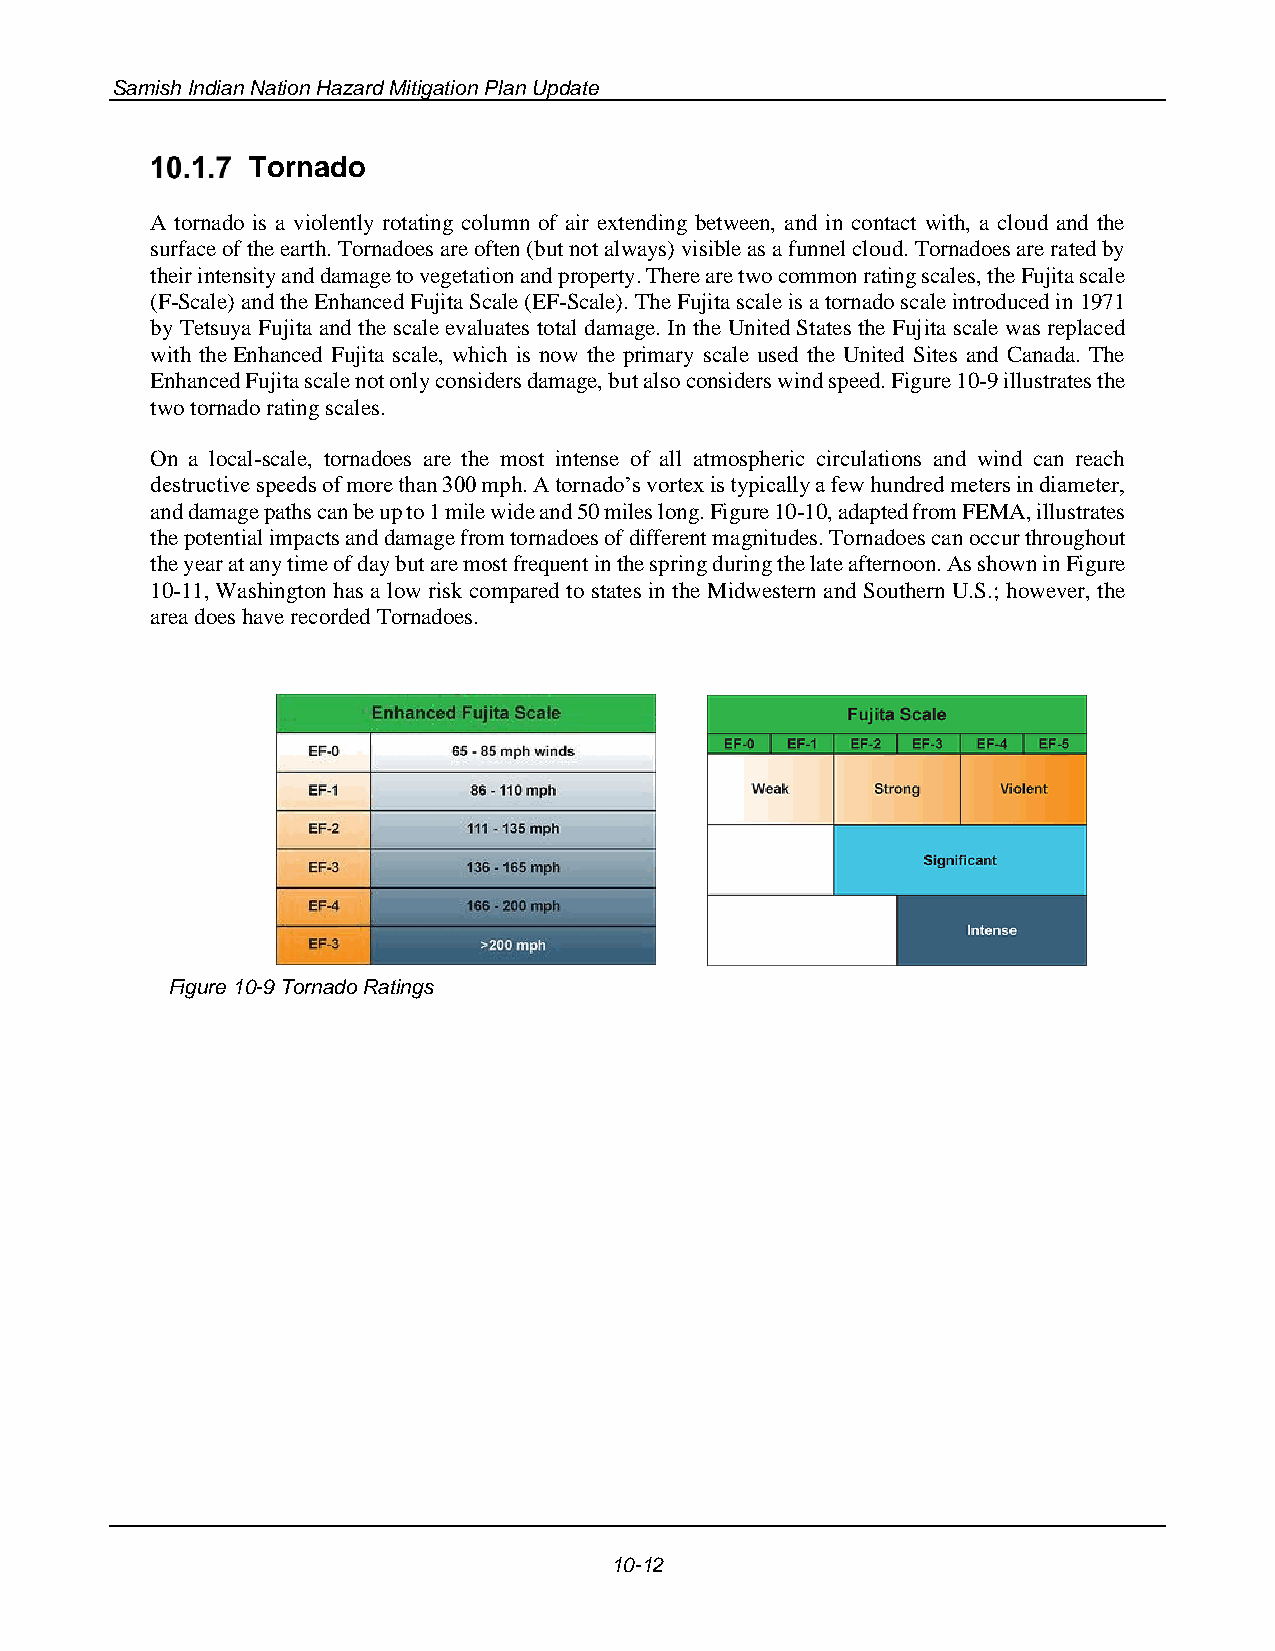
Samish Indian Nation Hazard Mitigation Plan Update
 Tornado
 A tornado is a violently rotating column of air extending between, and in contact with, a cloud and the
 surface of the earth. Tornadoes are often (but not always) visible as a funnel cloud. Tornadoes are rated by
 their intensity and damage to vegetation and property. There are two common rating scales, the Fujita scale
 (F-Scale) and the Enhanced Fujita Scale (EF-Scale). The Fujita scale is a tornado scale introduced in 1971
 by Tetsuya Fujita and the scale evaluates total damage. In the United States the Fujita scale was replaced
 with the Enhanced Fujita scale, which is now the primary scale used the United Sites and Canada. The
 Enhanced Fujita scale not only considers damage, but also considers wind speed. Figure 10-9 illustrates the
 two tornado rating scales.
 On a local-scale, tornadoes are the most intense of all atmospheric circulations and wind can reach
 destructive speeds of more than 300 mph. A tornado’s vortex is typically a few hundred meters in diameter,
 and damage paths can be up to 1 mile wide and 50 miles long. Figure 10-10, adapted from FEMA, illustrates
 the potential impacts and damage from tornadoes of different magnitudes. Tornadoes can occur throughout
 the year at any time of day but are most frequent in the spring during the late afternoon. As shown in Figure
 10-11, Washington has a low risk compared to states in the Midwestern and Southern U.S.; however, the
 area does have recorded Tornadoes.
 Figure 10-9 Tornado Ratings
 10-12